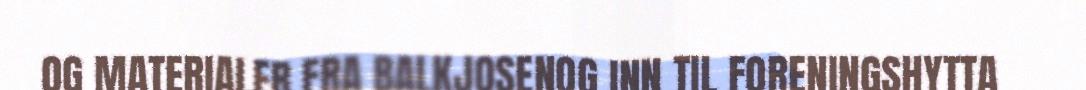
OG MATERIALER FRA BALKJOSENOG INN TIL FORENINGSHYTTA